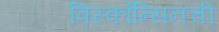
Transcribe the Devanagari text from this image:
विस्कॉन्सिनची